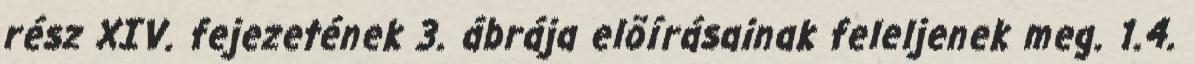
rész XIV. fejezetének 3. ábrája elõírásainak feleljenek meg. 1.4.